Madras plague regulations and rules - Volume 2
Disease focus: Plague
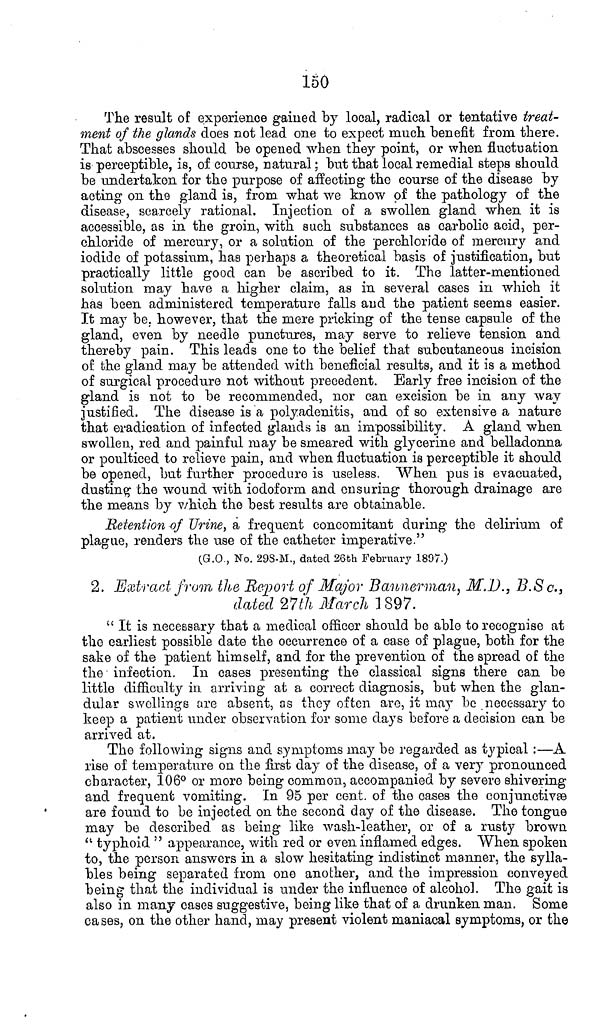
150
The result of experience gained by local, radical or tentative treat-
ment of the glands does not lead one to expect much benefit from there.
That abscesses should be opened when they point, or when fluctuation
is perceptible, is, of course, natural; but that local remedial steps should
be undertaken for the purpose of affecting the course of the disease by
acting on the gland is, from what we know of the pathology of the
disease, scarcely rational, Injection of a swollen gland when it is
accessible, as in the groin, with such substances as carbolic acid, per-
chloride of mercury, or a solution of the perchloride of mercury and
iodide of potassium, has perhaps a theoretical basis of justification, but
practically little good can be ascribed to it. The latter-mentioned
solution may have a higher claim, as in several cases in which it
has been administered temperature falls and the patient seems easier.
It may be. however, that the mere pricking of the tense capsule of the
gland, even by needle punctures, may serve to relieve tension and
thereby pain. This leads one to the belief that subcutaneous incision
of the gland may be attended with beneficial results, and it is a method
of surgical procedure not without precedent. Early free incision of the
gland is not to be recommended, nor can excision be in any way
justified. The disease is a polyadenitis, and of so extensive a nature
that eradication of infected glands is an impossibility. A gland when
swollen, red and painful may be smeared with glycerine and belladonna
or poulticed to relieve pain, and when fluctuation is perceptible it should
be opened, but further procedure is useless. When pus is evacuated,
dusting the wound with iodoform and ensuring thorough drainage are
the means by which the best results are obtainable.
Retention of Urine, a frequent concomitant during the delirium of
plague, renders the use of the catheter imperative."
(G.O , No. 29S-M., dated 26th February 1897.)
2. Extract from the Report of Major Bannerman, M.D., B.Sc.,
dated 27th March 1897.
" It is necessary that a medical officer should be able to recognise at
the earliest possible date the occurrence of a case of plague, both for the
sake of the patient himself, and for the prevention of the spread of the
the infection. In cases presenting the classical signs there can be
little difficulty in arriving at a correct diagnosis, but when the glan-
dular swellings are absent, as they often are, it may be necessary to
keep a patient under observation for some days before a decision can be
arrived at.
The following signs and symptoms may be regarded as typical :—A
rise of temperature on the first day of the disease, of a very pronounced
character, 106° or more being common, accompanied by severe shivering
and frequent vomiting. In 95 per cent, of the cases the conjunctive
are found to be injected on the second day of the disease. The tongue
may be described as being like wash-leather, or of a rusty brown
" typhoid " appearance, with red or even inflamed edges. "When spoken
to, the person answers in a slow hesitating indistinct manner, the sylla-
bles being separated from one another, and the impression conveyed
being that the individual is under the influence of alcohol. The gait is
also in many cases suggestive, being like that of a drunken man. Some
cases, on the other hand, may present violent maniacal symptoms, or the